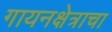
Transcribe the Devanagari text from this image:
गायनक्षेत्राचा